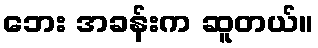
ဘေး အခန်းက ဆူတယ်။